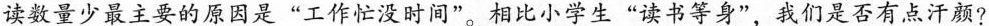
读数量少最主要的原因是”工作忙没时间”。相比小学生”读书等身”，我们是否有点汗颜?